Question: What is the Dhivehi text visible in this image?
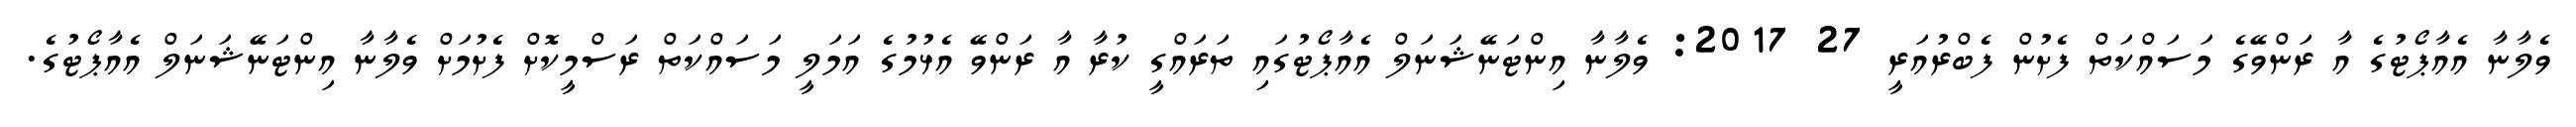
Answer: ވެލާނާ އެއާޕޯޓުގެ އާ ރަންވޭގެ މަސައްކަތް ފެށުން ފެބްރުއަރީ 27 2017: ވެލާނާ އިންޓަނޭޝަނަލް އެއާޕޯޓުގައި ތަރައްގީ ކުރާ އާ ރަންވޭ އެޅުމުގެ އަމަލީ މަސައްކަތް ރަސްމީކޮށް ފެށުމަށް ވެލާނާ އިންޓަނޭޝަނަލް އެއާޕޯޓުގެ.